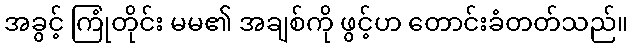
အခွင့် ကြုံတိုင်း မမ၏ အချစ်ကို ဖွင့်ဟ တောင်းခံတတ်သည်။